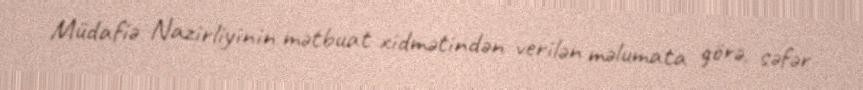
Müdafiə Nazirliyinin mətbuat xidmətindən verilən məlumata görə, səfər